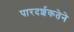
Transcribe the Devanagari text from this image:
पारदर्शकतेने